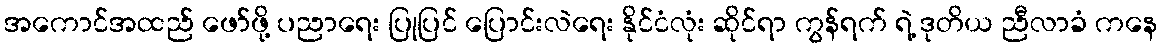
အကောင်အထည် ဖော်ဖို့ ပညာရေး ပြုပြင် ပြောင်းလဲရေး နိုင်ငံလုံး ဆိုင်ရာ ကွန်ရက် ရဲ့ ဒုတိယ ညီလာခံ ကနေ